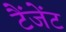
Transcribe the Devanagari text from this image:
टैंजेंट